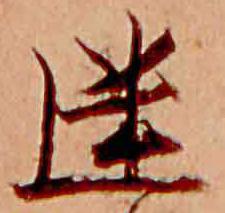
迷